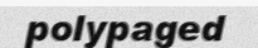
polypaged